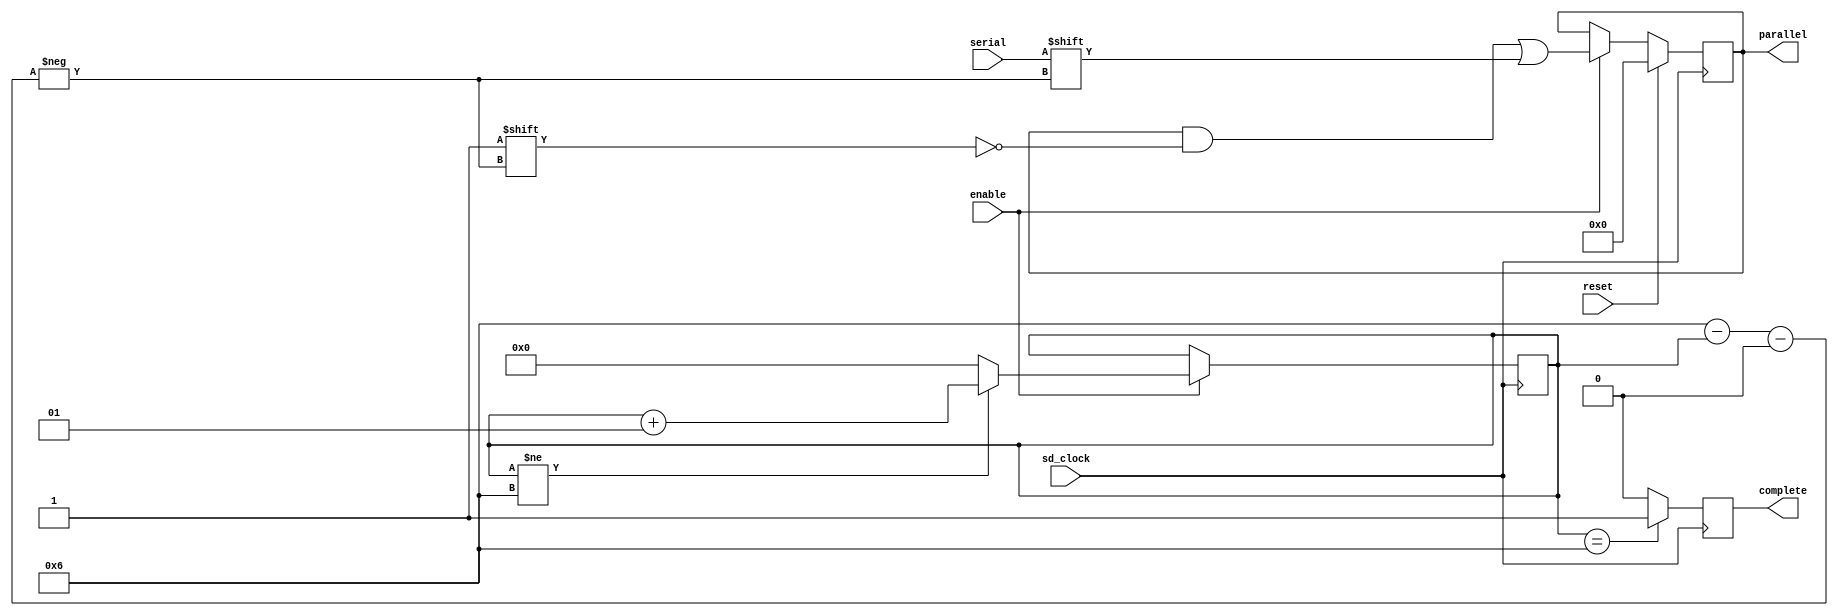
module wrapper_serial_paralelo (parallel, serial, sd_clock, enable, reset, complete);
	

	input enable;
	input serial;
	input reset;
	input sd_clock;
	//input [7:0]framesize

	output [n-1:0] parallel;
	output         complete;

	wire enable;
	wire serial;
	wire reset;
	wire sd_clock;
	//wire [7:0]framesize

	reg [n-1:0] parallel;
	reg         complete;

	integer count = 0;
	parameter n = 7;	
	
	always @ (posedge sd_clock)
		begin
			if (reset) begin
				parallel [n-1:0] <= 0;
			end else begin
				if (enable) begin
					parallel [n-1-count] <= serial;
				end else begin
					 parallel <= parallel;
				end
			end
		end
	
	always @ (negedge sd_clock)
		begin
			if(enable) begin
				if(count != n-1) begin
					count = (count + 1);
				end else begin
					count = 0;
				end 
			end	
		end
	
	always @ (posedge sd_clock)
		begin
			if (count == n-1) begin
				complete = 1'b1;
			end else begin
				complete = 1'b0;
			end
		end	

endmodule